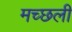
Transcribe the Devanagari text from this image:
मच्छली